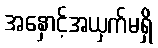
အနှောင့်အယှက်မရှိ